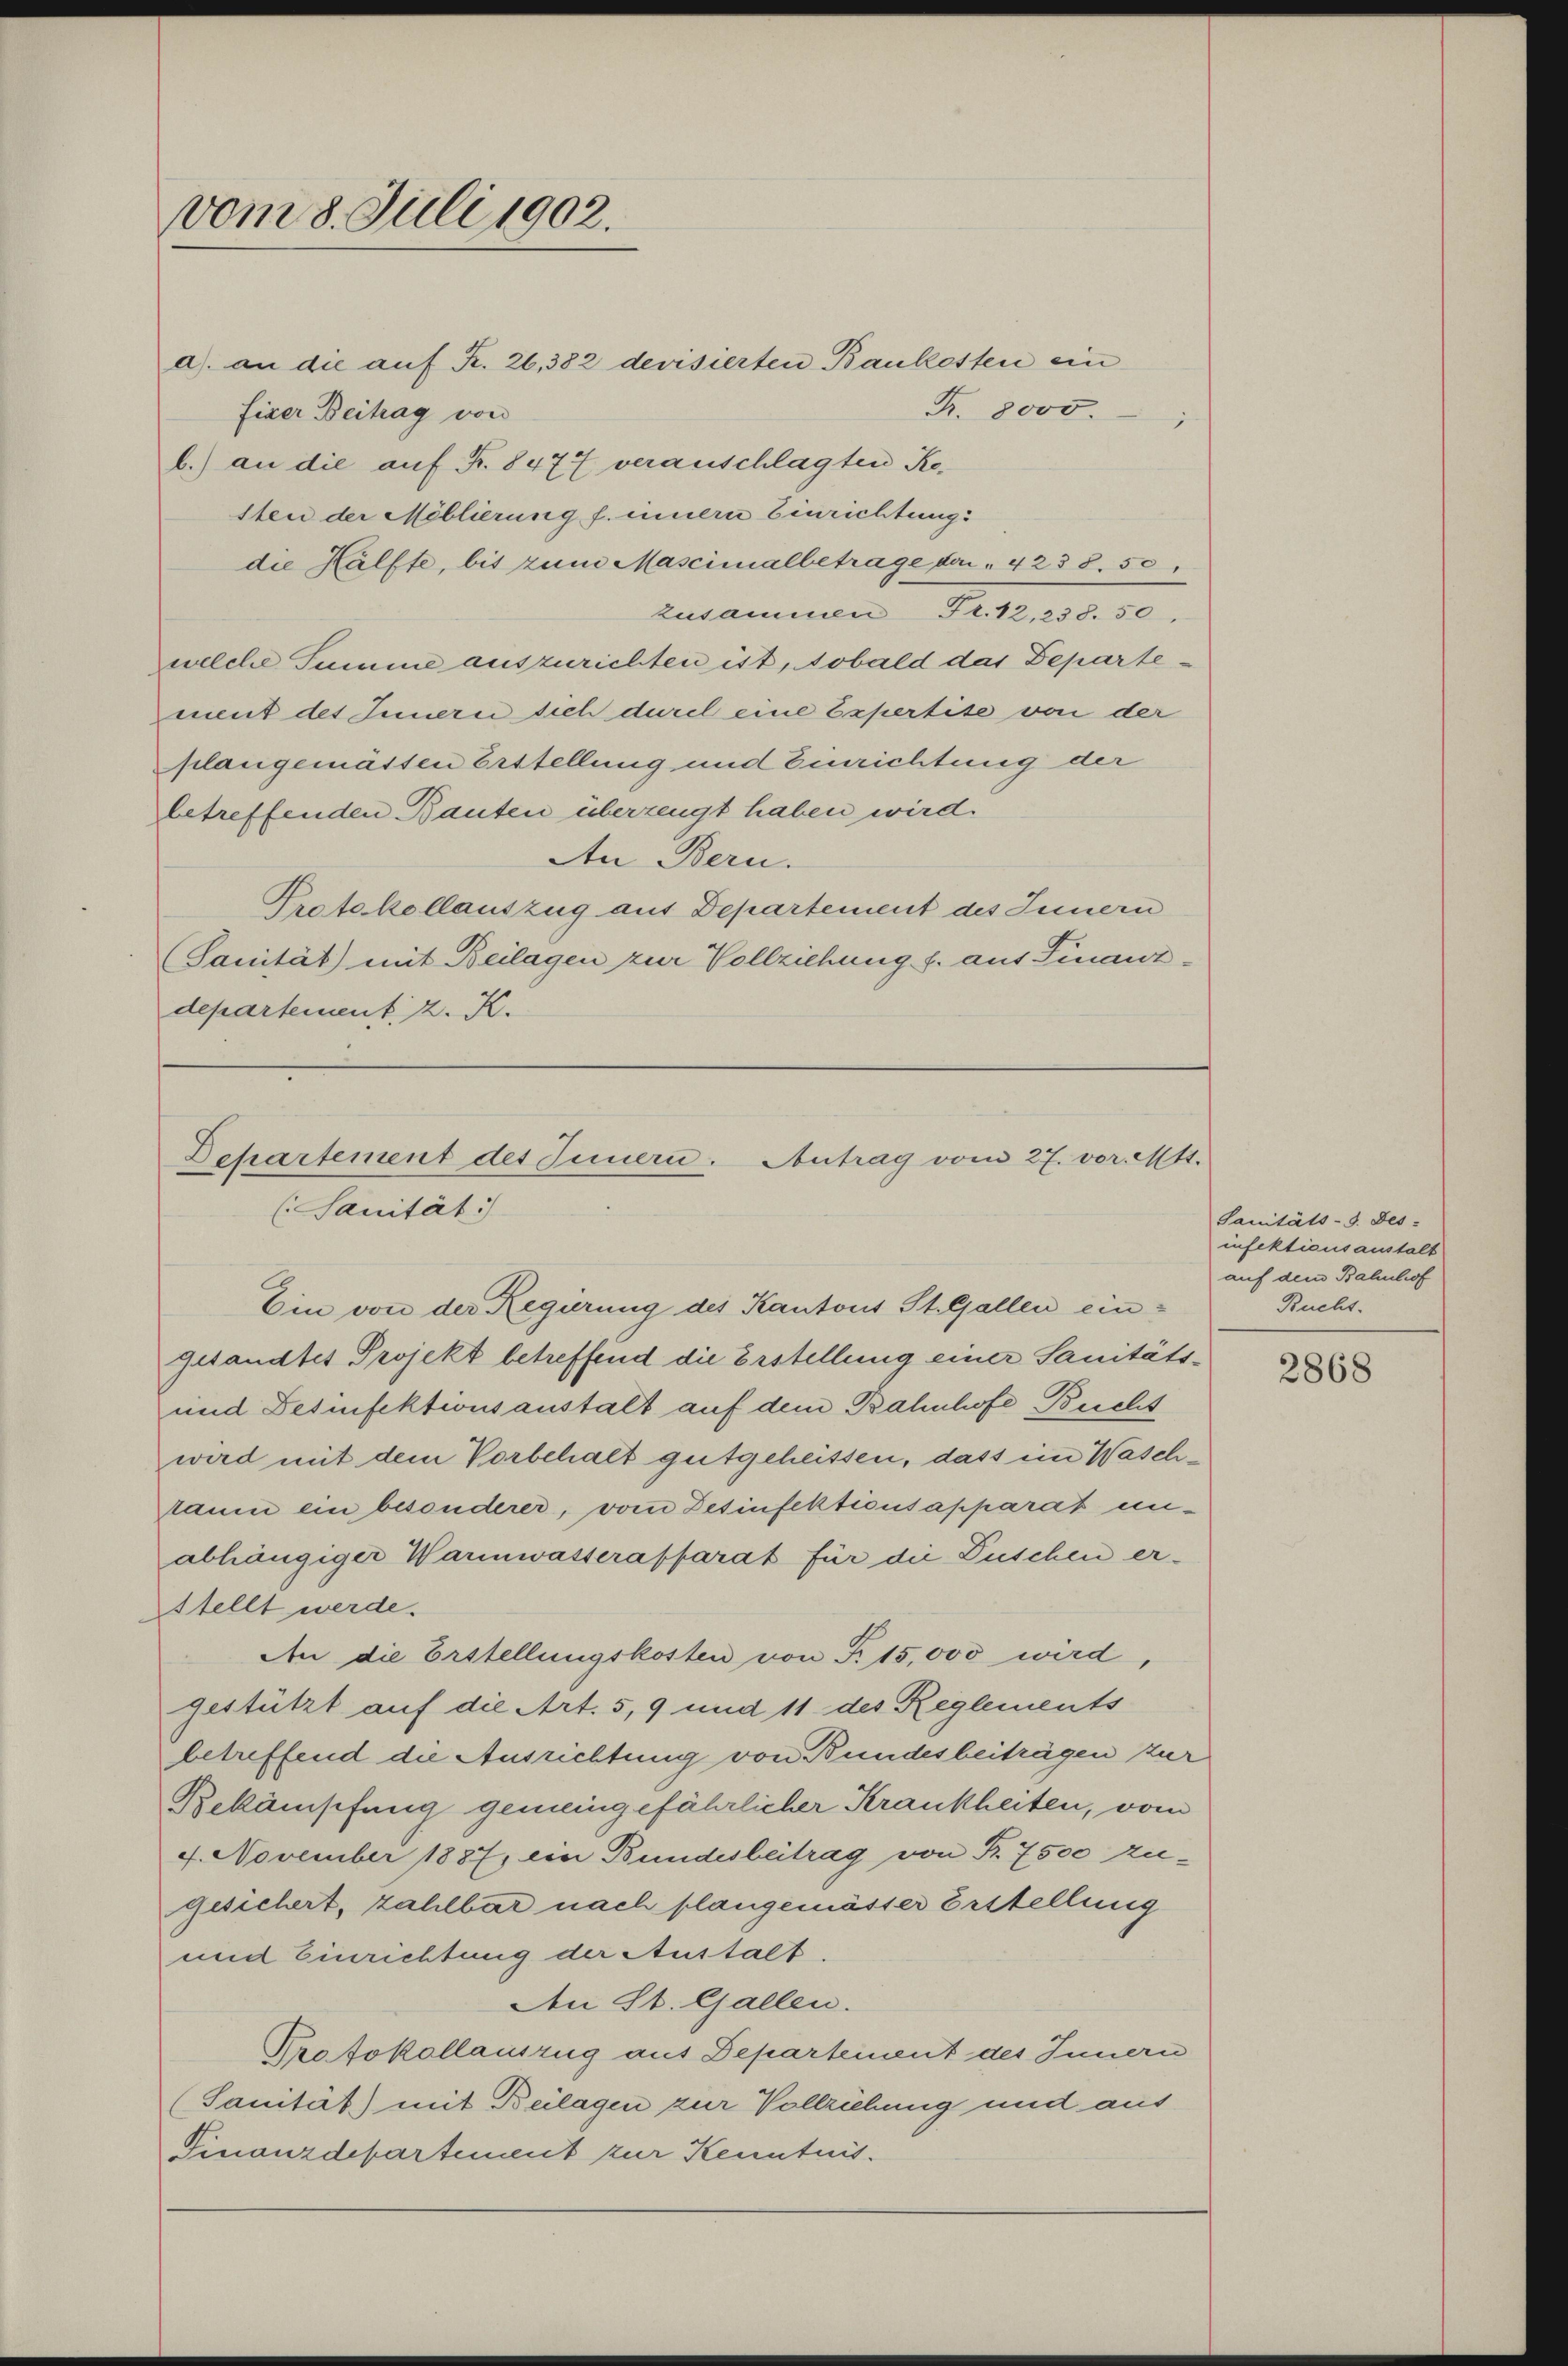
vom 8. Juli 1902.

a) an die auf K. 26,382 devisierten Baukosten ein
fixer Beitrag von
b.) an die auf Fr. 8477 veranschlagten Re-
1ten der Mellierung f. innern Einrichtung
die Hälfte, bis zum Mascimalbetrage der " 4238. 50,
zusammen Fr. 12,238. 50,
welche Summe auszurichten ist, sobald das Departement des Innern sich durch eine Expertise von der
plangemässen Erstellung und Einrichtung der
betreffenden Bauten überzeugt haben wird.
An Bern.
Protokollauszug aus Departement des Innern
(Sanität) mit Beilagen zur Vollziehung f. aus Finanzdepartement z. K.

R. 8000.

Dchartement des Innern. Antrag vom 27. vor. Mtt.
(Sanität)
Ein von der Regierung des Kantons St. Gallen ein¬

gesandtes Projekt betreffend die Erstellung einer Sanitäts¬
und Desinfektionsanstalt auf dem Bahnhofe, Bucht
wird mit dem Vorbehalt gutgeheissen, dass im Waschraum ein besonderer, vom Zesinfekticusapparat un-
abhängiger Warmwasserapparat für die Duschen er-
sstellt werde.
An die Erstellungskosten von Fr. 15,000 wird,
gestützt auf die Art. 5, 9 und 11 des Reglements
betreffend die Ausrichtung von Bundesbeiträgen zur
Bekämpfung gemeingefährlicher Krankheiten, vom
4. November 1887, ein Bundesbeitrag von R. 7500 zugesichert, zahlbar nach plangemässer Erstellung
und Einrichtung der Austalt.
Aen St. Gallen.
Protokollauszug aus Departement des Innern
(Sanität) mit Beilagen zur Vollziehung und aus
Finanzdepartement zur Kenntnis.

Sanitäts-G. Des-
infektionsanstalt
auf dem Bahnhof
Bucht.

2868